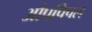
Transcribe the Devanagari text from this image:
आँपपिपल